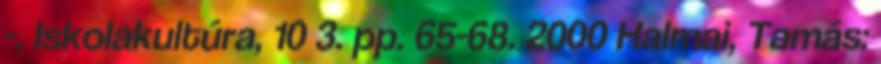
-. Iskolakultúra, 10 3. pp. 65-68. 2000 Halmai, Tamás: